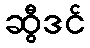
ဆွီဒင်